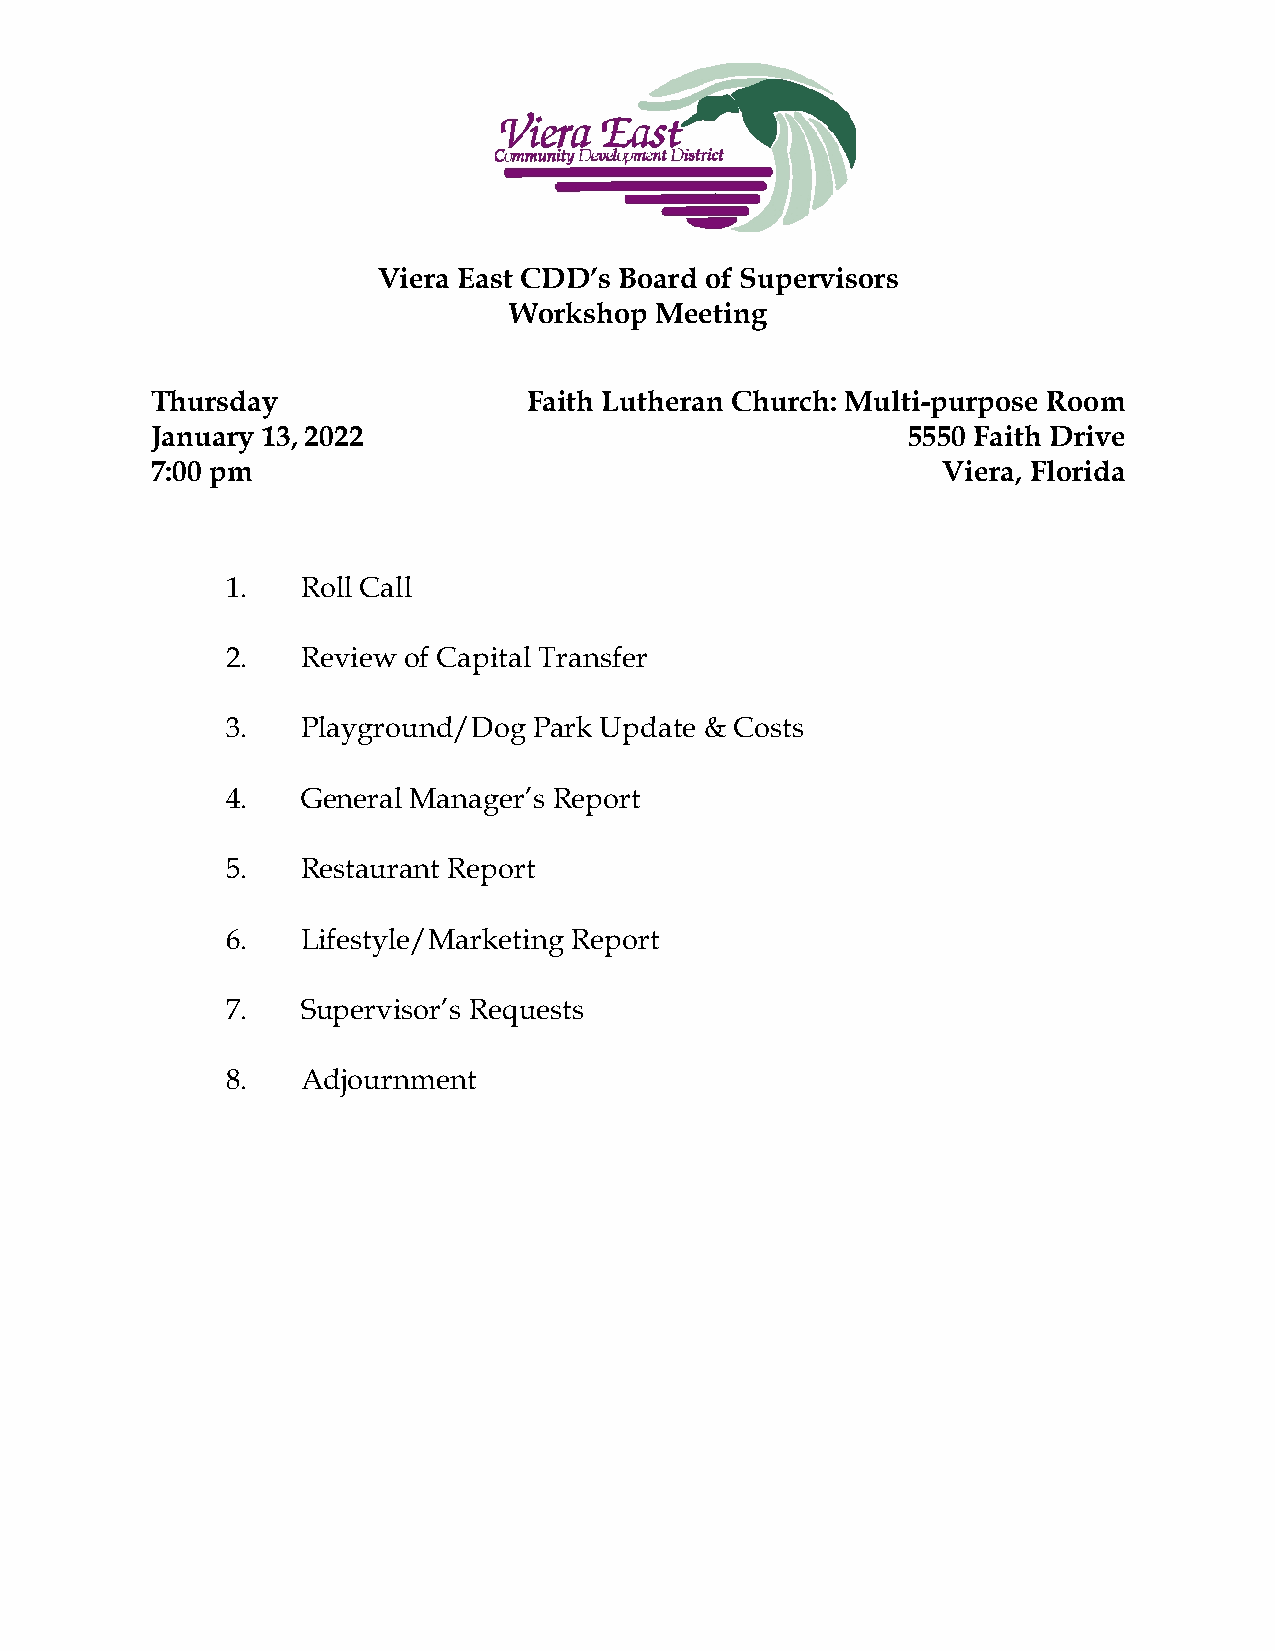
Viera East CDD’s Board of Supervisors
 Workshop Meeting
 Thursday                 Faith Lutheran Church: Multi-purpose Room
 January 13, 2022                                  5550 Faith Drive
 7:00 pm                                             Viera, Florida
 1.   Roll Call
 2.   Review of Capital Transfer
 3.   Playground/Dog Park Update & Costs
 4.   General Manager’s Report
 5.   Restaurant Report
 6.   Lifestyle/Marketing Report
 7.   Supervisor’s Requests
 8.   Adjournment